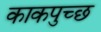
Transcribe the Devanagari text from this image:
काकपुच्छ